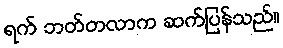
ရက် ဘတ်တလာက ဆက်ပြန်သည်။